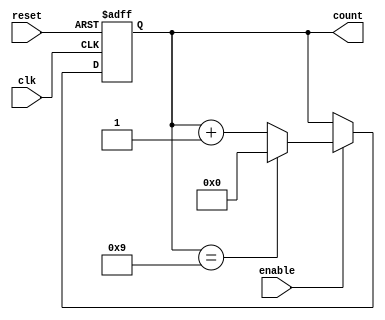
module bcd_counter (
    input wire clk,          // Clock input
    input wire reset,        // Asynchronous reset input
    input wire enable,       // Enable input
    output reg [3:0] count   // 4-bit output for the counter
);

// Always block triggered on the rising edge of the clock
always @(posedge clk or posedge reset) begin
    if (reset) begin
        // Asynchronous reset: set count to 0
        count <= 4'b0000;
    end else if (enable) begin
        // Increment the counter if enabled
        if (count == 4'b1001) begin
            // If count reaches 9 (1001), reset to 0
            count <= 4'b0000;
        end else begin
            // Otherwise increment the count
            count <= count + 1;
        end
    end
end

endmodule